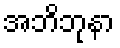
အဘိဘုနာ